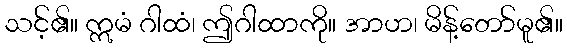
သင့်၏။ ဣမံ ဂါထံ၊ ဤဂါထာကို။ အာဟ၊ မိန့်တော်မူ၏။